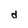
Character: d